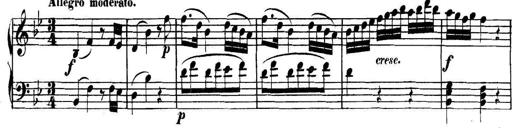
Title: Collected Piano Sonatas
Composer: Muzio Clementi